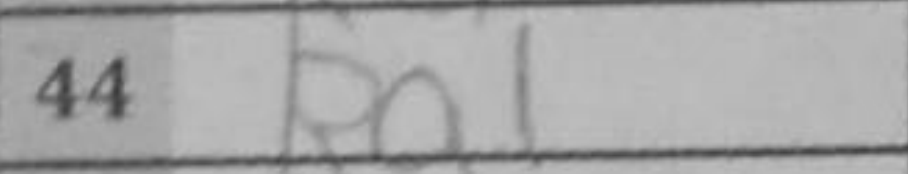
Transcription: Ra1